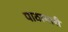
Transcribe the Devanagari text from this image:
पाठामारी